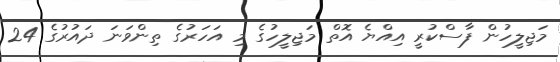
މަޖިލީހުން ފާސްކުރީ އިއްޔެ އޮތް މަޖިލީހުގެ މި އަހަރުގެ ތިންވަނަ ދައުރުގެ 24